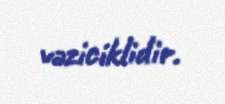
vəziciklidir.